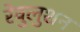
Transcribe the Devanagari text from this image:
रेवुलुशन